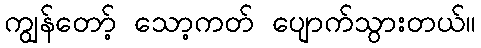
ကျွန်တော့် သော့ကတ် ပျောက်သွားတယ်။